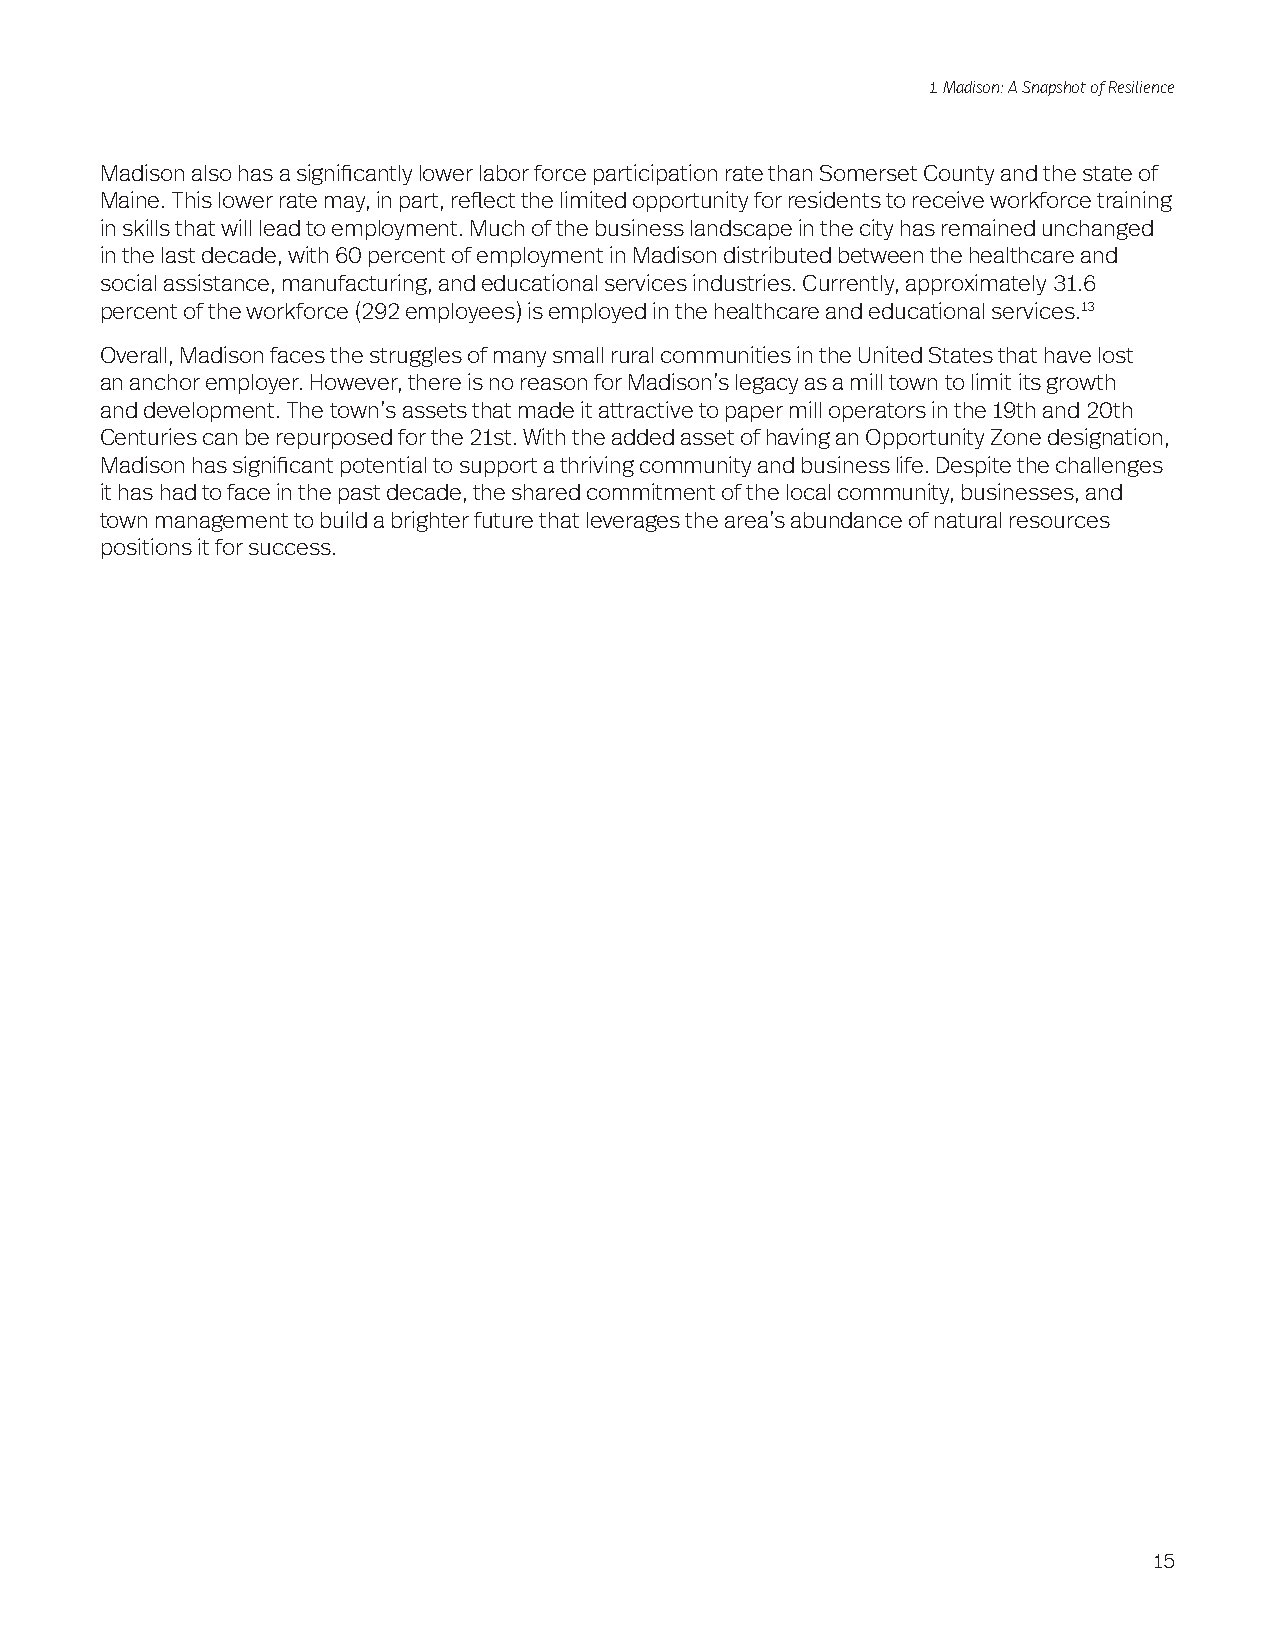
1. Madison: A Snapshot of Resilience
 Madison also has a significantly lower labor force participation rate than Somerset County and the state of
 Maine. This lower rate may, in part, reflect the limited opportunity for residents to receive workforce training
 in skills that will lead to employment. Much of the business landscape in the city has remained unchanged
 in the last decade, with 60 percent of employment in Madison distributed between the healthcare and
 social assistance, manufacturing, and educational services industries. Currently, approximately 31.6
 percent of the workforce (292 employees) is employed in the healthcare and educational services.13
 Overall, Madison faces the struggles of many small rural communities in the United States that have lost
 an anchor employer. However, there is no reason for Madison’s legacy as a mill town to limit its growth
 and development. The town’s assets that made it attractive to paper mill operators in the 19th and 20th
 Centuries can be repurposed for the 21st. With the added asset of having an Opportunity Zone designation,
 Madison has significant potential to support a thriving community and business life. Despite the challenges
 it has had to face in the past decade, the shared commitment of the local community, businesses, and
 town management to build a brighter future that leverages the area’s abundance of natural resources
 positions it for success.
 15